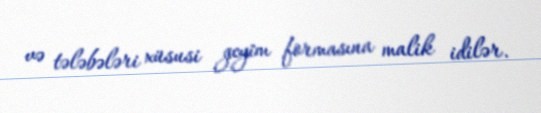
və tələbələri xüsusi geyim formasına malik idilər.